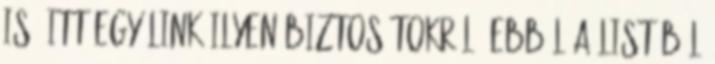
is. Itt egy link ilyen biztosítokról: Ebből a listából